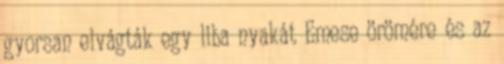
gyorsan elvágták egy liba nyakát Emese örömére és az